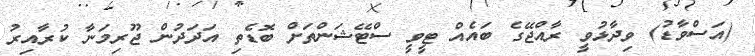
(އަސްވާޑު) ވިދާޅުވީ ރާއްޖޭގެ ބައެއް ޓީވީ ސްޓޭޝަންތަށް ބޮޑެތި އަދަދުން ޖޫރިމަނާ ކުރާއިރު